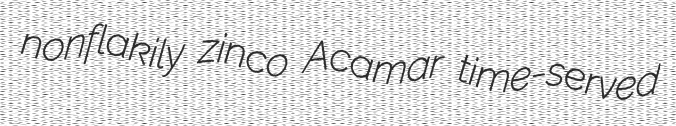
nonflakily zinco Acamar time-served